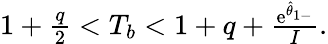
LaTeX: \begin{array}{r}{1+\frac{q}{2}<T_{b}<1+q+\frac{\mathrm{e}^{\hat{\theta}_{1-}}}{I}.}\end{array}